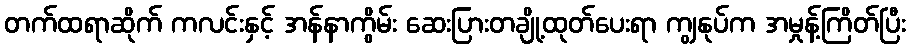
တက်ထရာဆိုက် ကလင်းနှင့် အန်နာကွိမ်း ဆေးပြားတချို့ထုတ်ပေးရာ ကျွနုပ်က အမှုန့်ကြိတ်ပြီး